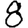
Digit: 8